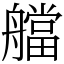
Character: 艡